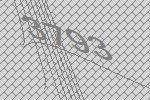
3793